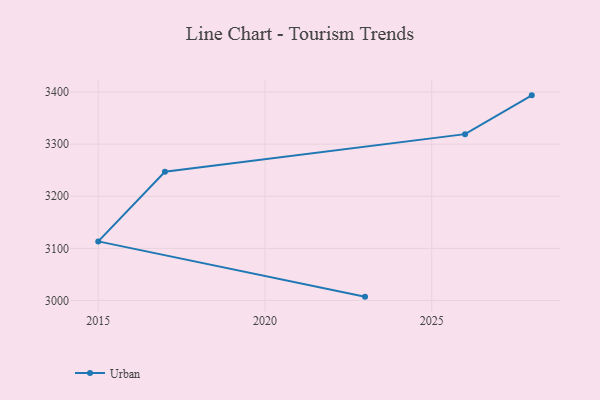
{"axis": {"x": "Year", "y": "Population (Million)"}, "legend": ["Urban"], "data": [{"x": "2028", "y": 3393.8, "type": "Urban"}, {"x": "2026", "y": 3319.3, "type": "Urban"}, {"x": "2017", "y": 3247.1, "type": "Urban"}, {"x": "2015", "y": 3113.4, "type": "Urban"}, {"x": "2023", "y": 3007.3, "type": "Urban"}]}